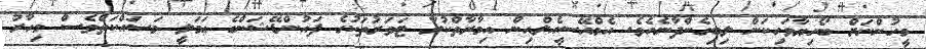
މީހުންނަށް ބޯހިޔާވަހިކަން ލިބިގެންދާނެއެވެ. އެމްއޭސީއެލްއިން އިމާރާތްކުރާ ޓަވަރުތަކުގެ ފައުންޑޭޝަންގެ ޢަމަލީ މަސައްކަތްވެސް މިހާރު